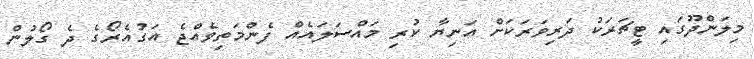
މިލަންދޫގައި ޓީޗަރަކު ދަރިވަރަކަށް އަނިޔާ ކުރި މައްސަލައެއް ފެންމަތިވެއްޖެ އަގުއެރޯގެ ދެ ގޯލުން